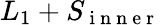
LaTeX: L_{1}+S_{\mathrm{~i~n~n~e~r~}}